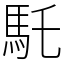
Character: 馲